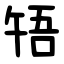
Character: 啎